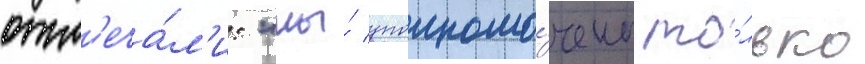
отм'еча́л'и: "мы́ уполномо́чены то́лько